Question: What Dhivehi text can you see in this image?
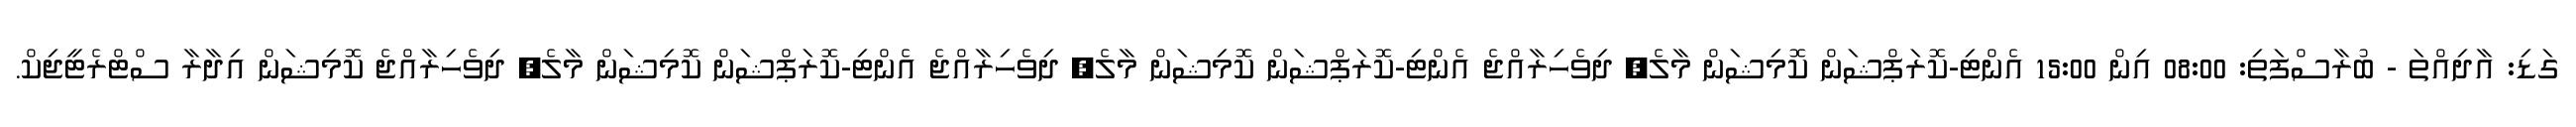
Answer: ގަޑި: އާދިއްތަ - ބުރާސްފަތި: 08:00 އިން 15:00 އެންޓި-ކޮރަޕްޝަން ކޮމިޝަން މާލެ, ދިވެހިރާއްޖެ އެންޓި-ކޮރަޕްޝަން ކޮމިޝަން މާލެ, ދިވެހިރާއްޖެ އެންޓި-ކޮރަޕްޝަން ކޮމިޝަން މާލެ, ދިވެހިރާއްޖެ ކޮމިޝަން އިދާރާ ސްޓްރެޓީޖިކް.